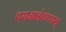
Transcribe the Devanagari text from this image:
एसआईएएसयू